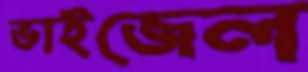
ভাইজেল